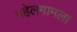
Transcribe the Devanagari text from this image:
पहेलगामला